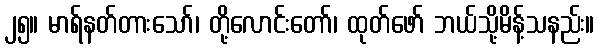
၂၅။ မာရ်နတ်တားသော်၊ တို့လောင်းတော်၊ ထုတ်ဖော် ဘယ်သို့မိန့်သနည်း။